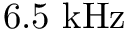
6 . 5 ~ \mathrm { { k H z } }